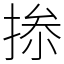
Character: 𢮥